system: You are a helpful assistant.
user:
Analyze the provided spectrum to determine if it is a **M-type Giant (gM)**.

A M-type Giant spectrum is defined by its **strong molecular absorption** features, particularly from **Titanium Oxide (TiO)**. You must check for one of the following mutually exclusive signatures:

- **Key Visual Indicators (Absorption-Dominated Spectrum):**

    - **(Primary):** The spectrum is dominated by strong molecular absorption from **Titanium Oxide (TiO)**. This is the **defining feature** of its M-type temperature class.
        - **(Key Bandheads):** Look for sharp, "saw-tooth" absorption valleys. The strongest are located near **~7050 Å**, **~6160 Å**, and **~5170 Å**.
        - **(Line Profile):** The "saw-tooth" morphology is critical: a **sharp, steep drop on the BLUE (short-wavelength) side** of the bandhead, followed by a gradual recovery (rising flux) towards the RED (long-wavelength) side.

    - **(Key Confirmation - Giant vs. Dwarf):** **ABSENCE** of strong **Calcium Hydride (CaH)** molecular bands. This is the primary diagnostic for *excluding* M-dwarfs.
        - **(Key Region):** The spectrum should lack the strong, broad absorption band seen in dwarfs between **~6800 Å and ~7000 Å**.

    - **(Secondary Confirmation - Giant):** A very strong and broad **Neutral Calcium (Ca I)** atomic absorption line.
        - **(Key Line):** Located at **~4226 Å**. In a giant (gM), this line is significantly deeper and broader than the same line in an M-dwarf (dM) due to low surface gravity.

    - **(Overall Spectrum):**
        - The continuum is **extremely red-sloping** (i.e., flux is very low in the blue and rises dramatically towards the red).
        - The entire spectrum appears "chopped up" by the deep TiO bands.

Think first, call **spectral_visualization_tool** if needed to examine features in detail, then provide your final answer. Your response must adhere to the following strict rules:
1.  **Overall Structure:** Your response must follow the format `<think>...</think> <tool_call>...</tool_call> (if a tool is used) <answer>...</answer>`.
2.  **Tool Usage Constraint:** You may only make **one** tool call per turn.
3.  **Final Answer Format:** In the `<answer>` tag, your conclusion must be inside a `\boxed{}` command (e.g., `\boxed{YES}` or `\boxed{NO}`), followed by your justification.

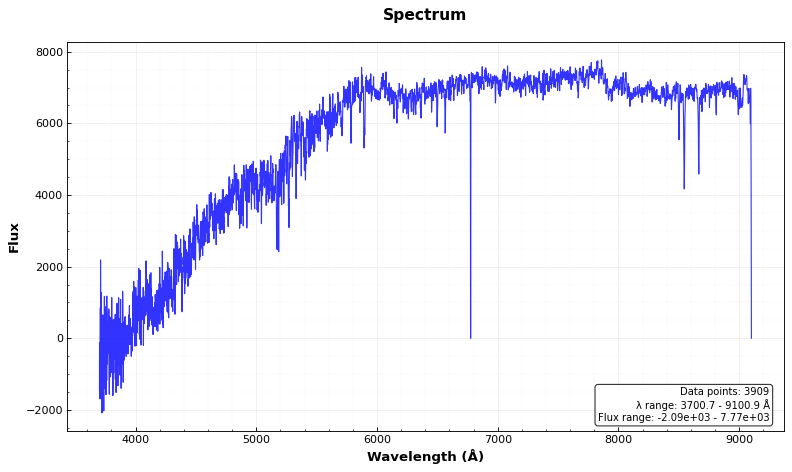
Answer: NO